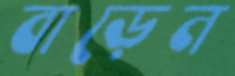
বাড়েন